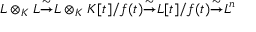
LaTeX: L \otimes _ { K } L { \stackrel { \sim } { \to } } L \otimes _ { K } K [ t ] / f ( t ) { \stackrel { \sim } { \to } } L [ t ] / f ( t ) { \stackrel { \sim } { \to } } L ^ { n }